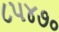
૮૫૪૭૦